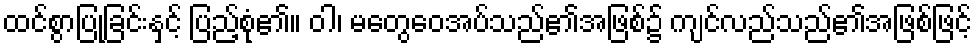
ထင်စွာပြုခြင်းနှင့် ပြည့်စုံ၏။ ဝါ၊ မတွေဝေအပ်သည်၏အဖြစ်၌ ကျင်လည်သည်၏အဖြစ်ဖြင့်